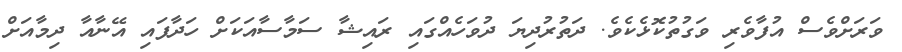
ވަރަށްވެސް އުފާވެރި ވަގުތުކޮޅެކެވެ. ދަތުރުދިޔަ ދުވަހެއްގައި ރައިޝާ ސަމާސާއަކަށް ހަދާފައި އޭނާއާ ދިމާއަށް